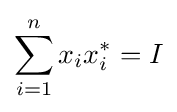
\sum _{i=1}^{n}x_{i}x_{i}^{*}=I